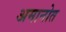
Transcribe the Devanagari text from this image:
अमानोत